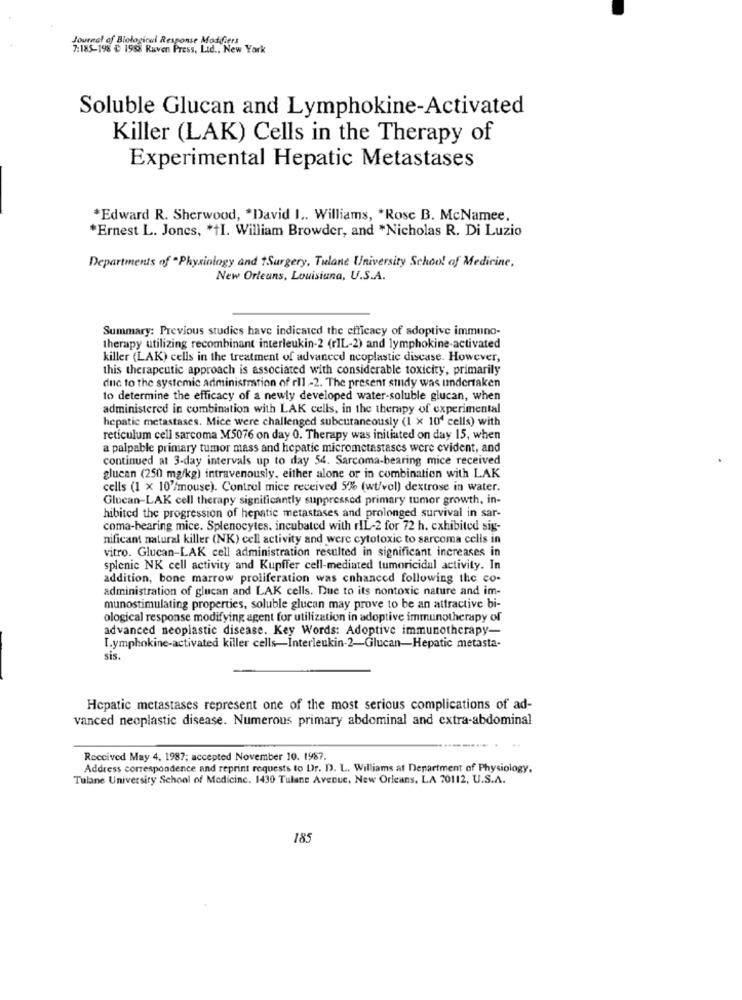
Journal of Biological Response Modifiers
7:185-198 ℃ 1988 Ruven Press, Ltd ., New York
Soluble Glucan and Lymphokine-Activated
Killer (LAK) Cells in the Therapy of
Experimental Hepatic Metastases
*Edward R. Sherwood, "David I .. Williams, "Rose B. McNamee,
*Ernest L. Jones, * +I. William Browder, and *Nicholas R. Di Luzio
Departments of "Physiology and tSurgery, Tulane University School of Medicine,
New Orleans, Louisiana, U.S.A.
Summary: Previous studies have indicated the efficacy of adoptive immuno-
therapy utilizing recombinant interleukin-2 (rIL-2) and lymphokine-activated
killer (LAK) cells in the treatment of advanced neoplastic disease. However,
this therapeutic approach is associated with considerable toxicity, primarily
dnc to the systemic administration of rll -2. The present study was undertaken
to determine the efficacy of a newly developed water-soluble glucan, when
administered in combination with LAK cells, in the therapy of experimental
hepatic metastases. Mice were challenged subcutaneously (1 x 104 cells) with
reticulum cell sarcoma M5076 on day 0. Therapy was initiated on day 15, when
a palpable primary tumor mass and hepatic micrometastases were evident, and
continued at 3-day intervals up to day 54. Sarcoma-bearing mice received
glucan (250 mg/kg) intravenously, either alone or in combination with LAK
cells (1 x 10'/mouse). Control mice received 5% (wt/vol) dextrose in water.
Glucan-LAK cell therapy significantly suppressed primary tumor growth, in-
hibited the progression of hepatic metastases and prolonged survival in sar-
coma-bearing mice. Splenocytes. incubated with rIL-2 for 72 h. exhibited sig-
nificant natural killer (NK) cell activity and were cytotoxic to sarcoma cells in
vitro. Glucan-LAK cell administration resulted in significant increases in
splenic NK cell activity and Kupffer cell-mediated tumoricidal activity. In
addition, bone marrow proliferation was enhanced following the co-
administration of glucan and LAK cells. Due to its nontoxic nature and im-
munostimulating properties, soluble glucan may prove to be an attractive bi-
ological response modifying agent for utilization in adoptive immunotherapy of
advanced neoplastic disease. Key Words: Adoptive immunotherapy-
Lymphokine-activated killer cells-Interleukin-2-Glucan-Hepatic metasta-
sis.
Hepatic metastases represent one of the most serious complications of ad-
vanced neoplastic disease. Numerous primary abdominal and extra-abdominal
Received May 4, 1987; accepted November 10. 1987.
Address correspondence and reprint requests to Dr. D. L. Williams at Department of Physiology,
Tulane University School of Medicine. 1430 Tulane Avenue, New Orleans, LA 70112, U.S.A.
185